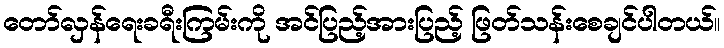
တော်လှန်ရေးခရီးကြမ်းကို အင်ပြည့်အားပြည့် ဖြတ်သန်းစေချင်ပါတယ်။